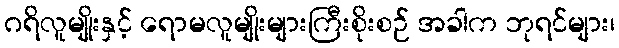
ဂရိလူမျိုးနှင့် ရောမလူမျိုးများကြီးစိုးစဉ် အခါက ဘုရင်များ၊